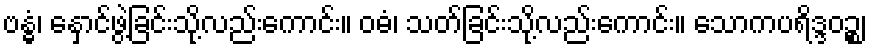
ဗန္ဓံ၊ နှောင်ဖွဲ့ခြင်းသို့လည်းကောင်း။ ဝဓံ၊ သတ်ခြင်းသို့လည်းကောင်း။ သောကပရိဒ္ဒဝဉ္စ၊